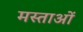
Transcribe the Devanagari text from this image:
मस्ताओं